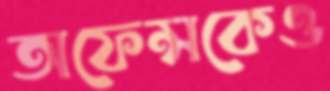
অফেন্সকেও